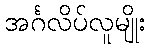
အင်္ဂလိပ်လူမျိုး